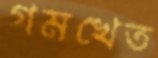
গমখেত